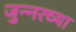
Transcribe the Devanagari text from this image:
जुन्‍नरच्या